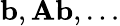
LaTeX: \textrm{\textbf{b}},\textrm{\textbf{A}}\textrm{\textbf{b}},\ldots